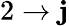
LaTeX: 2\rightarrow\mathbf{j}